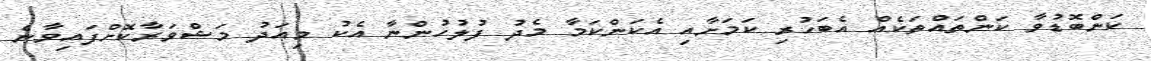
ކަންބޮޑުވާ ކަންތައްތަކެއް އެބަހުރި ކަމަށާއި އެކަންކަމާ މެދު ފުލުހުންނާ އެކު މިއަދު މަޝްވަރާކޮށްފައިވާނެ